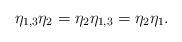
LaTeX: \begin{align*} \eta_{1,3} \eta_2= \eta_2\eta_{1,3}=\eta_2 \eta_1 . \end{align*}